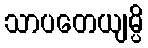
သာပတေယျမ္ပိ